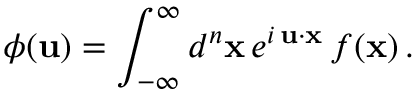
\phi ( { \bf u } ) = \int _ { - \infty } ^ { \infty } d ^ { n } { \bf x } \, e ^ { i \, { \bf u } \cdot { \bf x } } \, f ( { \bf x } ) \, .